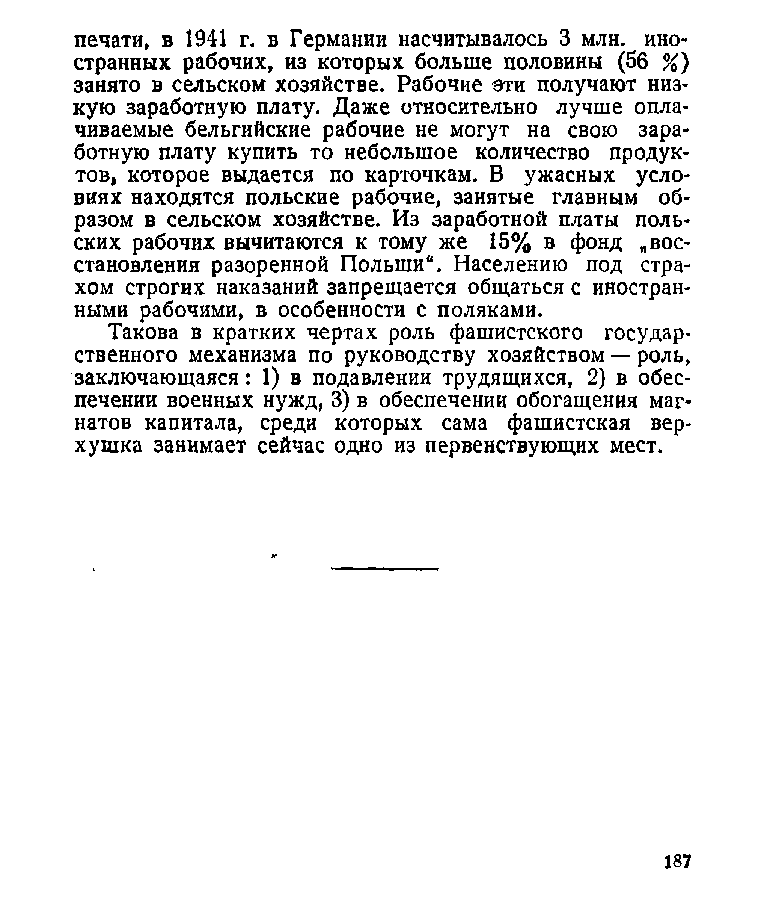
печати, в 1941 г. в Германии насчитывалось 3 млн. ино­
 странных рабочих, из которых больше половины (56 %)
 занято в сельском хозяйстве. Рабочие эти получают низ­
 кую заработную плату. Даже относительно лучше опла­
 чиваемые бельгийские рабочие не могут на свою зара­
 ботную плату купить то небольшое количество продук­
 тов, которое выдается по карточкам. В ужасных усло­
 виях находятся польские рабочие, занятые главным об­
 разом в сельском хозяйстве. Из заработной платы поль­
 ских рабочих вычитаются к тому же 15% в фонд „вос­
 становления разоренной Польши“. Населению под стра­
 хом строгих наказаний запрещается общаться с иностран­
 ными рабочими, в особенности с поляками.
 Такова в кратких чертах роль фашистского государ­
 ственного механизма по руководству хозяйством — роль,
 заключающаяся: 1) в подавлении трудящихся, 2) в обес­
 печении военных нужд, 3) в обеспечении обогащения маг­
 натов капитала, среди которых сама фашистская вер­
 хушка занимает сейчас одно из первенствующих мест.
 187